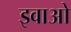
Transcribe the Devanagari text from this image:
इवाओ